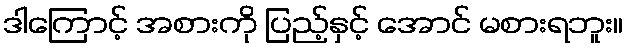
ဒါကြောင့် အစားကို ပြည့်နှင့် အောင် မစားရဘူး။